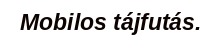
Mobilos tájfutás.